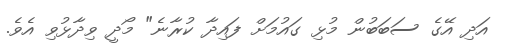
އަދި އޭގެ ސަބަބުން މުޅި ގައުމަށް ފައިދާ ކުރާނެ" މޯދީ ވިދާޅުވި އެވެ.